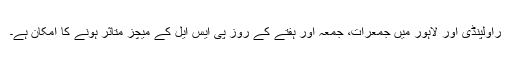
راولپنڈی اور لاہور میں جمعرات، جمعہ اور ہفتے کے روز پی ایس ایل کے میچز متاثر ہونے کا امکان ہے۔